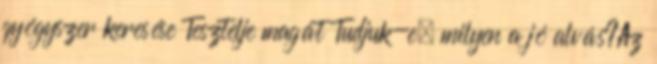
gyógyszer keresése Tesztelje magát Tudjuk-e, milyen a jó alvás?Az